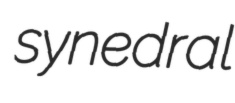
synedral